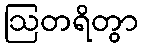
ဩတရိတွာ